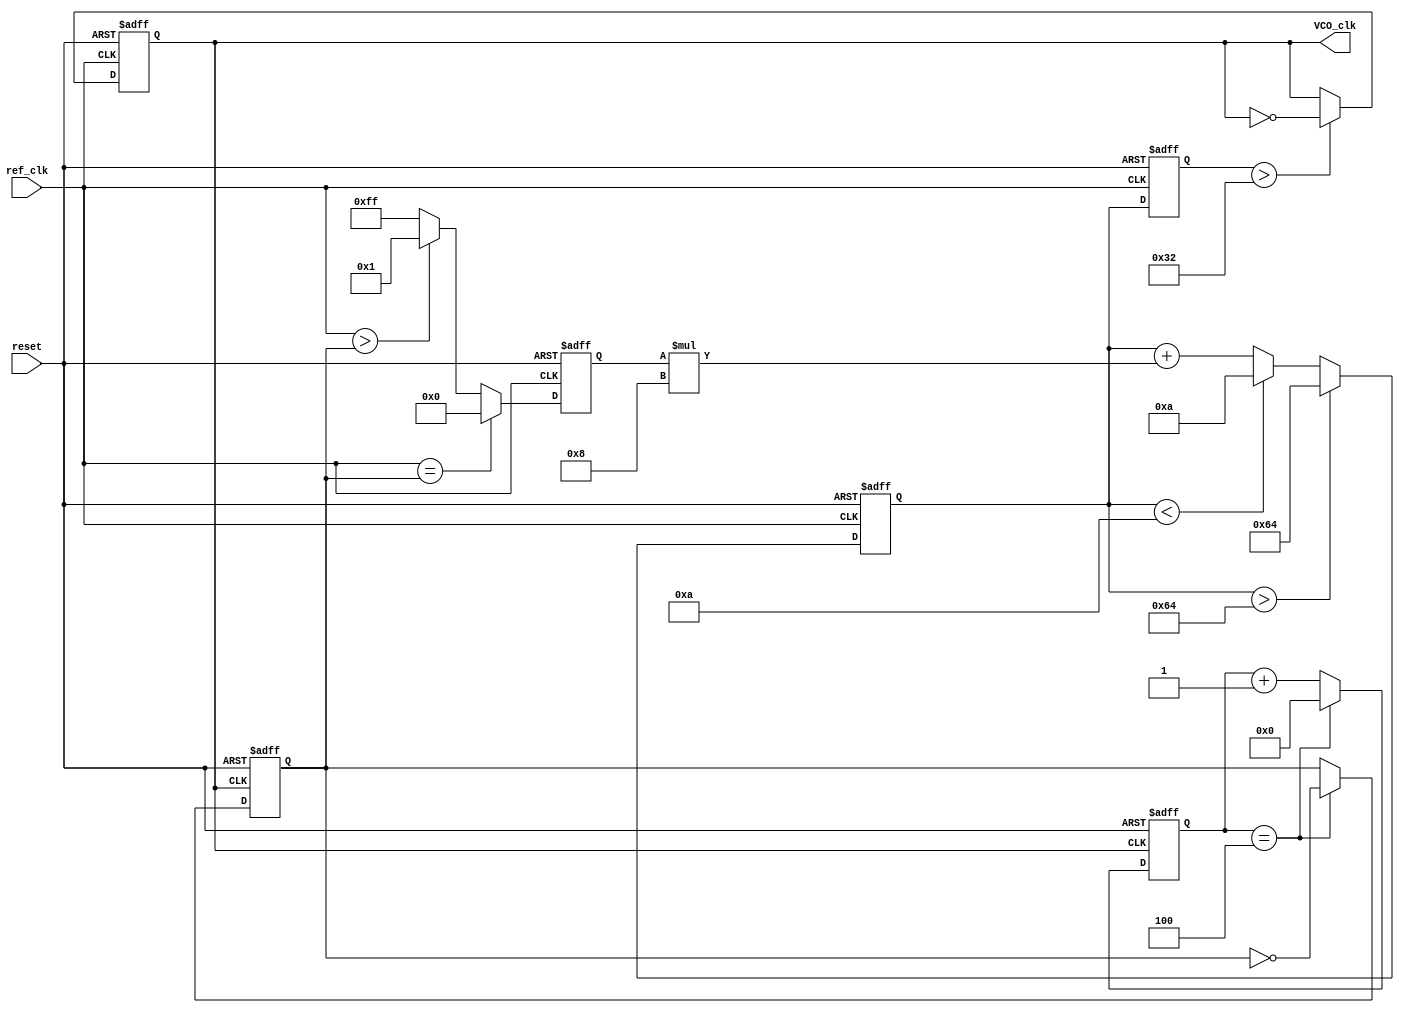
module dpll (
    input wire ref_clk,         // Reference clock input
    input wire reset,          // Reset signal
    output reg VCO_clk         // Output clock from VCO
);

// Parameters for the Loop Filter
parameter LF_GAIN = 8;      // Gain for the Loop Filter
parameter VCO_MAX_FREQ = 100; // Maximum frequency for VCO
parameter VCO_MIN_FREQ = 10;  // Minimum frequency for VCO

// Internal signals
reg [7:0] phase_error;       // Phase error signal
reg [15:0] Vctrl;            // Control voltage for VCO
reg [15:0] VCO_freq;         // Frequency of VCO
reg fb_clk;                  // Feedback clock signal
reg [3:0] divider;           // Divider for feedback clock

// Phase Detector
always @(posedge ref_clk or posedge reset) begin
    if (reset) begin
        phase_error <= 0;
    end else begin
        // Simple phase detector logic (can be improved)
        if (ref_clk == fb_clk) begin
            phase_error <= 0; // No phase error
        end else if (ref_clk > fb_clk) begin
            phase_error <= 1; // Positive phase error
        end else begin
            phase_error <= -1; // Negative phase error
        end
    end
end

// Loop Filter (PI Filter)
always @(posedge ref_clk or posedge reset) begin
    if (reset) begin
        Vctrl <= 0;
    end else begin
        // Simple PI filter implementation
        Vctrl <= Vctrl + (phase_error * LF_GAIN);
        // Clamp control voltage to VCO frequency range
        if (Vctrl > VCO_MAX_FREQ) begin
            Vctrl <= VCO_MAX_FREQ;
        end else if (Vctrl < VCO_MIN_FREQ) begin
            Vctrl <= VCO_MIN_FREQ;
        end
    end
end

// Voltage-Controlled Oscillator (VCO)
always @(posedge ref_clk or posedge reset) begin
    if (reset) begin
        VCO_freq <= VCO_MIN_FREQ; // Start at minimum frequency
        VCO_clk <= 0;
    end else begin
        // Adjust VCO frequency based on control voltage
        VCO_freq <= Vctrl;
        // Generate VCO clock based on frequency (simple toggle for demo)
        if (VCO_freq > 50) begin
            VCO_clk <= ~VCO_clk; // Toggle VCO clock
        end
    end
end

// Feedback Path (Frequency Divider)
always @(posedge VCO_clk or posedge reset) begin
    if (reset) begin
        divider <= 0;
        fb_clk <= 0;
    end else begin
        divider <= divider + 1;
        if (divider == 4) begin // Simple divider by 4
            fb_clk <= ~fb_clk; // Toggle feedback clock
            divider <= 0; // Reset divider
        end
    end
end

endmodule